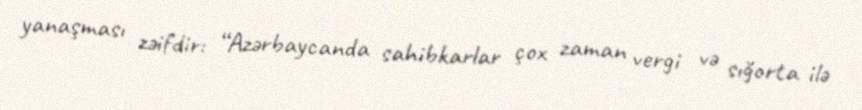
yanaşması zəifdir: “Azərbaycanda sahibkarlar çox zaman vergi və sığorta ilə